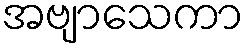
အဗျာသေကာ